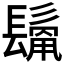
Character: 𩮊